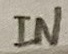
Text: IN